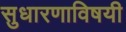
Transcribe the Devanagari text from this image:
सुधारणाविषयी